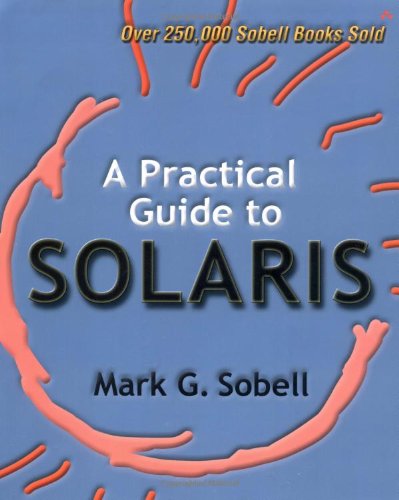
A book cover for A Practical Guide to Solaris; Mark G. Sobell; Computers & Technology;